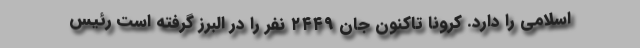
اسلامی را دارد. کرونا تاکنون جان ۲۴۴۹ نفر را در البرز گرفته است رئیس